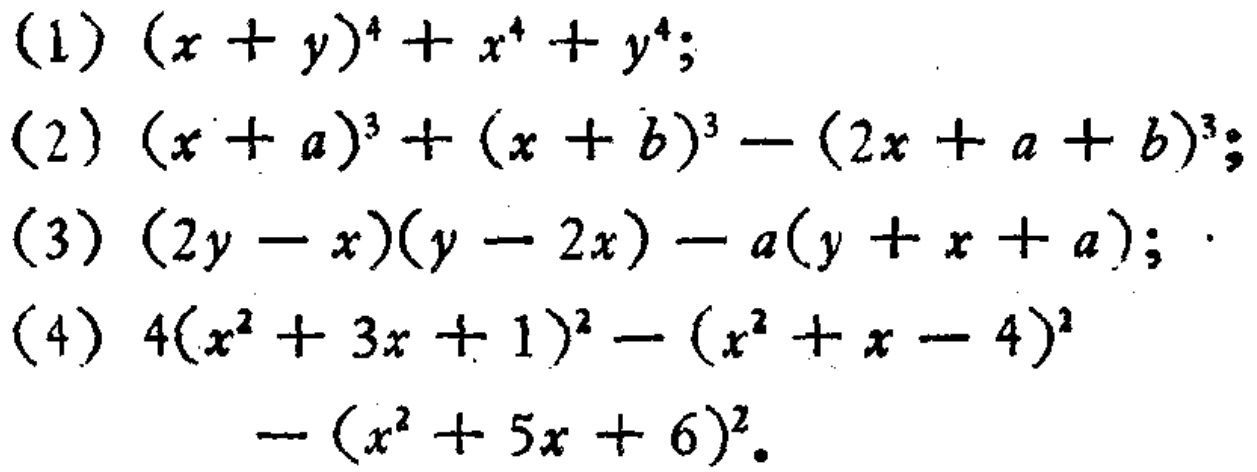
(1) \((x + y)^{4}+x^{4}+y^{4}\);

(2) \((x + a)^{3}+(x + b)^{3}-(2x + a + b)^{3}\);

(3) \((2y - x)(y - 2x)-a(y + x + a)\);

(4) \(4(x^{2}+3x + 1)^{2}-(x^{2}+x - 4)^{2}-(x^{2}+5x + 6)^{2}\)